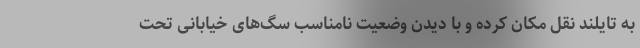
به تایلند نقل مکان کرده و با دیدن وضعیت نامناسب سگ‌های خیابانی تحت